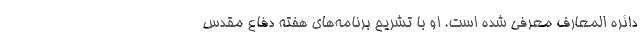
دائره المعارف معرفی شده است. او با تشریح برنامه‌های هفته دفاع مقدس